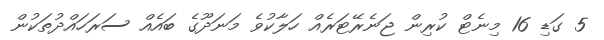
5 ގަޑި 16 މިނެޓް ކުރިން ޖަނެރޭޓަރެއް ހަލާކުވެ މަނަދޫގެ ބައެއް ސަރަހައްދުތަކުން